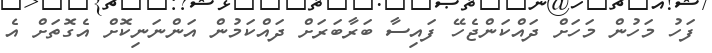
ފަހު މަހުން މަހަށް ދައްކަންޖެހޭ ފައިސާ ބަރާބަރަށް ދައްކަމުން އަންނަނިކޮށް އެގޮތަށް އެ